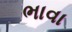
ભાવા